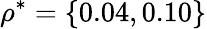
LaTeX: \rho^{*}=\{ 0.04,0.10\}